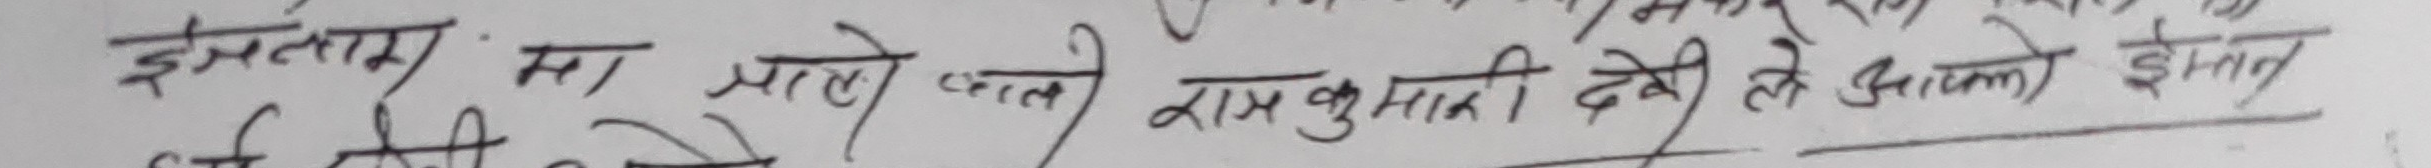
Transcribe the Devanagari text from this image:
इन्ताम् मा माले फाटे रासकुमारी देवी ले आएको इन्तकाल